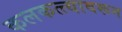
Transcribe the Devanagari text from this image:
कलकत्त्यावरून